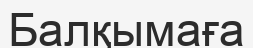
Балқымаға